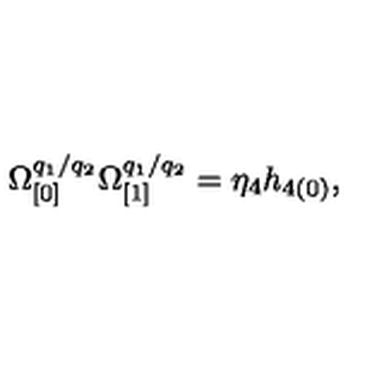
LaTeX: \Omega _ { \lbrack 0 ] } ^ { q _ { 1 } / q _ { 2 } } \Omega _ { \lbrack 1 ] } ^ { q _ { 1 } / q _ { 2 } } = \eta _ { 4 } h _ { 4 ( 0 ) } ,